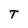
Character: T